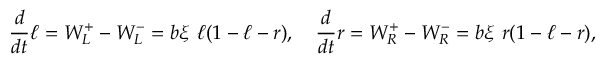
\frac { d } { d t } \ell = W _ { L } ^ { + } - W _ { L } ^ { - } = b \xi ~ \ell ( 1 - \ell - r ) , \quad \frac { d } { d t } r = W _ { R } ^ { + } - W _ { R } ^ { - } = b \xi ~ r ( 1 - \ell - r ) ,